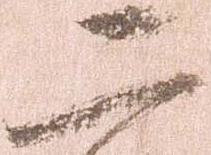
二